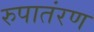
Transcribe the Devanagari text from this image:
रुपातंरण